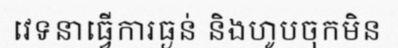
វេទនាធ្វើការធ្ងន់ និងហូបចុកមិន